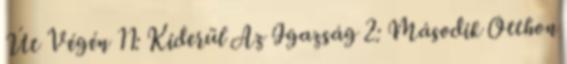
Út Végén 11: Kiderül Az Igazság 2: Második Otthon